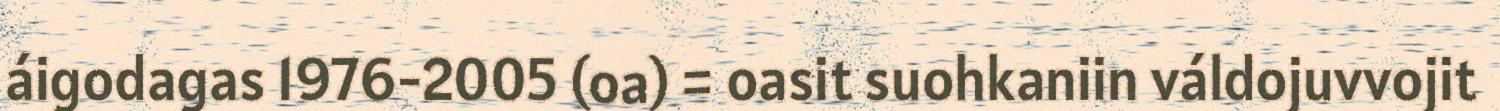
áigodagas 1976-2005 (oa) = oasit suohkaniin váldojuvvojit